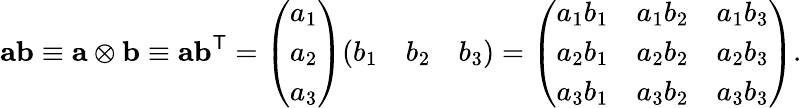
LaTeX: \mathbf{ab}\equiv\mathbf{a}\otimes\mathbf{b}\equiv\mathbf{ab}^{\mathsf{T}}={\left(\begin{array}{l}{a_{1}}\\ {a_{2}}\\ {a_{3}}\end{array}\right)}{\left(\begin{array}{lll}{b_{1}}&{b_{2}}&{b_{3}}\end{array}\right)}={\left(\begin{array}{lll}{a_{1}b_{1}}&{a_{1}b_{2}}&{a_{1}b_{3}}\\ {a_{2}b_{1}}&{a_{2}b_{2}}&{a_{2}b_{3}}\\ {a_{3}b_{1}}&{a_{3}b_{2}}&{a_{3}b_{3}}\end{array}\right)}.